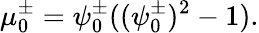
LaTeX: \mu_{0}^{\pm}=\psi_{0}^{\pm}((\psi_{0}^{\pm})^{2}-1).